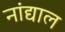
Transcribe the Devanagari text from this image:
नांद्याल